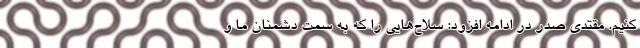
کنیم. مقتدی صدر در ادامه افزود: سلاح‌هایی را که به سمت دشمنان ما و